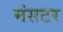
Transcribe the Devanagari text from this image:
मंसटर